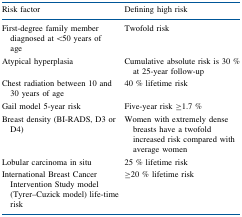
<table><thead><tr><td><b>Risk factor</b></td><td><b>Defining high risk</b></td></tr></thead><tbody><tr><td>First-degree family member diagnosed at &lt;50 years of age</td><td>Twofold risk</td></tr><tr><td>Atypical hyperplasia</td><td>Cumulative absolute risk is 30 % at 25-year follow-up</td></tr><tr><td>Chest radiation between 10 and 30 years of age</td><td>40 % lifetime risk</td></tr><tr><td>Gail model 5-year risk</td><td>Five-year risk ≥1.7 %</td></tr><tr><td>Breast density (BI-RADS, D3 or D4)</td><td>Women with extremely dense breasts have a twofold increased risk compared with average women</td></tr><tr><td>Lobular carcinoma in situ</td><td>25 % lifetime risk</td></tr><tr><td>International Breast Cancer Intervention Study model (Tyrer–Cuzick model) life-time risk</td><td>≥20 % lifetime risk</td></tr></tbody></table>